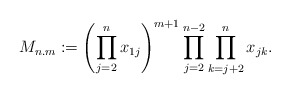
\begin{gather*} M_{n.m}:=\left( \prod_{j=2}^{n} x_{1j} \right)^{m+1} \prod_{j=2}^{n-2} \prod_{k=j+2}^{n} x_{jk}. \end{gather*}